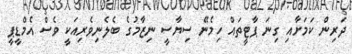
ދަރިން ކަމަށާއި ގިނަ ޕާޓީތައް ހިމެނޭ ސިޔާސީ ނިޒާމުގެ ބެލެނިވެރިއަކީ ވެސް އެމްޑީޕީ